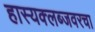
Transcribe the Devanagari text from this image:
हास्यक्लब्जवरचा